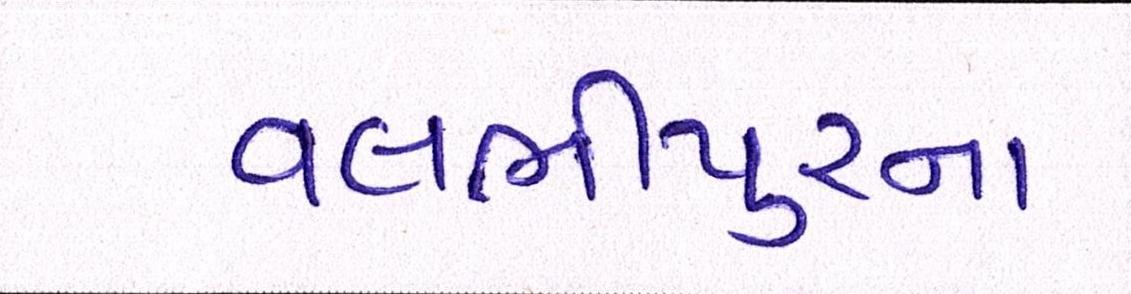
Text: વલભીપુરના